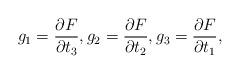
LaTeX: \begin{align*} g_1={\partial F\over \partial t_3},g_2={\partial F\over \partial t_2},g_3={\partial F\over \partial t_1},\end{align*}